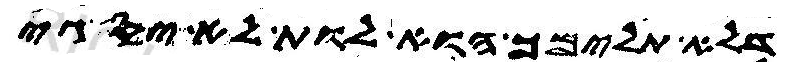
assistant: דלא תלימך הוא לות לא יסגי